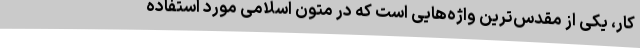
کار، یکی از مقدس‌ترین واژه‌هایی است که در متون اسلامی مورد استفاده